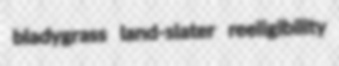
bladygrass land-slater reeligibility